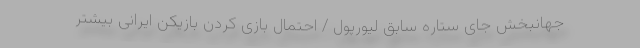
جهانبخش جای ستاره سابق لیورپول / احتمال بازی کردن بازیکن ایرانی بیشتر